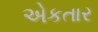
એકતાર